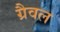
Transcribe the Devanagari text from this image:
ग्रैवल